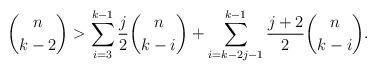
LaTeX: \begin{align*}\binom{n}{k-2}>\sum_{i=3}^{k-1}\frac{j}{2}\binom{n}{k-i}+\sum_{i=k-2j-1}^{k-1}\frac{j+2}{2}\binom{n}{k-i}.\end{align*}